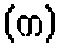
(က)